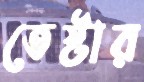
তেষ্টার